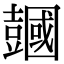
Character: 𧰒